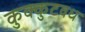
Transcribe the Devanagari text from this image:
कुक्कुटवध